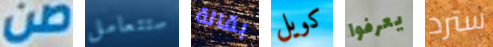
صن ستتعامل بقالة كويل يعرفوا سترد